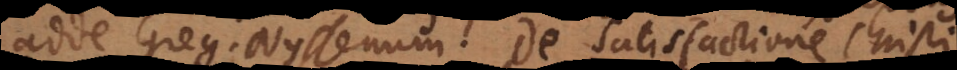
adde Gregorium Nyssenum. De satisfactione Christi